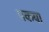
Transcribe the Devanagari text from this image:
पकया